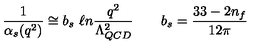
\frac { 1 } { \alpha _ { s } ( q ^ { 2 } ) } \cong b _ { s } \ \ell n \frac { q ^ { 2 } } { \Lambda _ { Q C D } ^ { 2 } } \qquad b _ { s } = \frac { 3 3 - 2 n _ { f } } { 1 2 \pi }